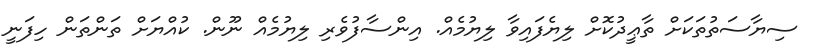
ސިޔާސަތުތަކަށް ތާޢީދުކޮށް ލިޔެފައިވާ ލިޔުމެއް. އިންސާފުވެރި ލިޔުމެއް ނޫން. ކުއްޔަށް ތަންތަން ހިފަނީ